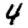
Digit: 4